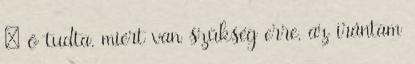
– ő tudta, miért van szükség erre, az irántam